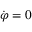
\dot { \varphi } = 0